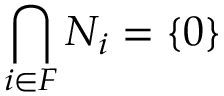
\bigcap _ { i \in F } N _ { i } = \{ 0 \}